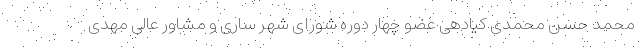
محمد حسن محمدی کیادهی عضو چهار دوره شورای شهر ساری و مشاور عالی مهدی